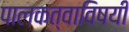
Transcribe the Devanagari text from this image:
पालकत्वाविषयी